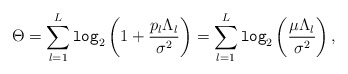
\begin{align*}\Theta=\sum_{l=1}^L\texttt{log}_2\left(1+\frac{p_l{\Lambda}_l}{\sigma^2}\right)=\sum_{l=1}^L\texttt{log}_2\left(\frac{\mu{\Lambda}_l}{\sigma^2}\right),\end{align*}